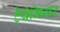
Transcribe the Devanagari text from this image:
टैबेमियर